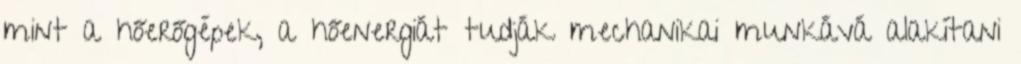
mint a hőerőgépek, a hőenergiát tudják mechanikai munkává alakítani